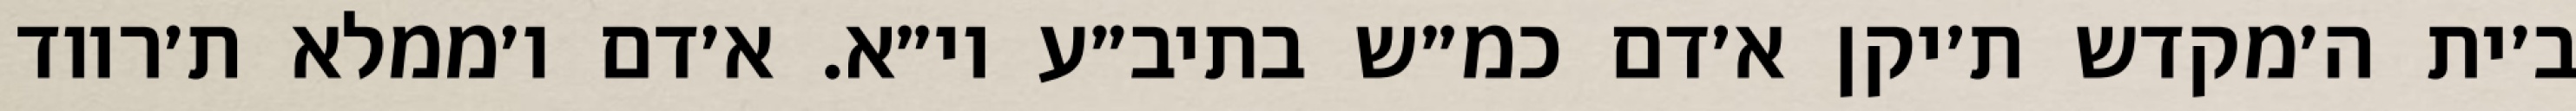
ב׳ית ה׳מקדש ת׳יקן א׳דם כמ״ש בתיב״ע וי״א. א׳דם ו׳ממלא ת׳רווד